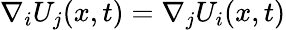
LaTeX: \nabla_{i}U_{j}(x,t)=\nabla_{j}U_{i}(x,t)